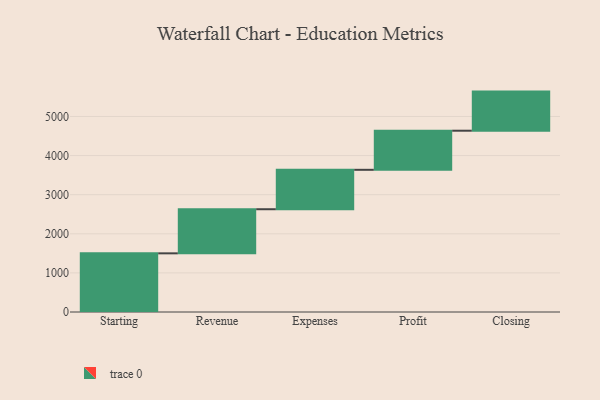
{"axis": {"x": "Step", "y": "Value"}, "legend": [""], "data": [{"x": "Starting", "y": 1500.0, "type": ""}, {"x": "Revenue", "y": 1128.0, "type": ""}, {"x": "Expenses", "y": 1008.0, "type": ""}, {"x": "Profit", "y": 1000, "type": ""}, {"x": "Closing", "y": 1000, "type": ""}]}